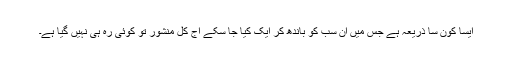
ایسا کون سا ذریعہ ہے جس میں ان سب کو باندھ کر ایک کیا جا سکے آج کل منشور تو کوئی رہ ہی نہیں گیا ہے۔